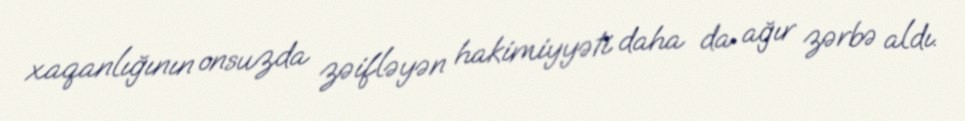
xaqanlığının onsuzda zəifləyən hakimiyyəti daha da ağır zərbə aldı.